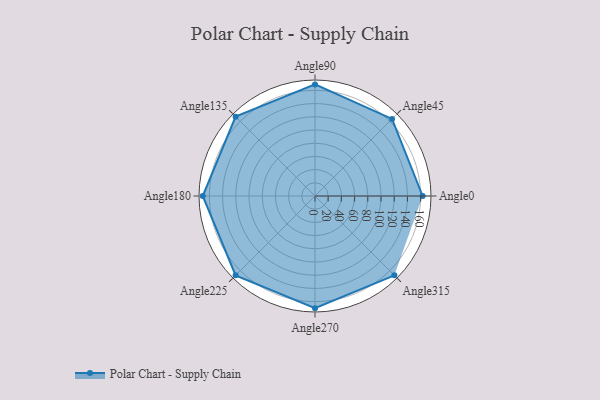
{"axis": {"x": "Angle", "y": "Radius"}, "legend": [""], "data": [{"x": "Angle0", "y": 163.0, "type": ""}, {"x": "Angle45", "y": 165.0, "type": ""}, {"x": "Angle90", "y": 169.0, "type": ""}, {"x": "Angle135", "y": 170, "type": ""}, {"x": "Angle180", "y": 170, "type": ""}, {"x": "Angle225", "y": 170, "type": ""}, {"x": "Angle270", "y": 170, "type": ""}, {"x": "Angle315", "y": 170, "type": ""}]}